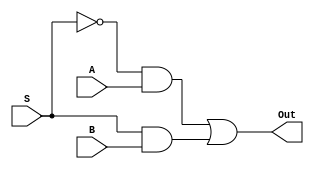
module mux_2x1 (A, B, S, Out);
	input A, B, S;
	output Out;
		
	assign Out = ((~S & A) | (S & B));
	
endmodule